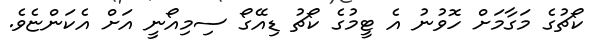
ކޯޗުގެ މަގާމަށް ހޮވުނު އެ ޓީމުގެ ކޯޗު ޑިއޭގޯ ސިމިއޯނީ އަށް އެކަންޏެވެ.